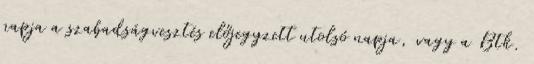
napja a szabadságvesztés előjegyzett utolsó napja, vagy a Btk.